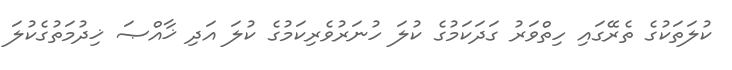
ކުލަތަކުގެ ތެރޭގައި ހިތްވަރު ގަދަކަމުގެ ކުލަ ހުނަރުވެރިކަމުގެ ކުލަ އަދި ޚާއްޞަ ޚިދުމަތުގެކުލަ